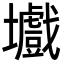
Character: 㚀